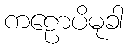
ကဠောပိမုခါ